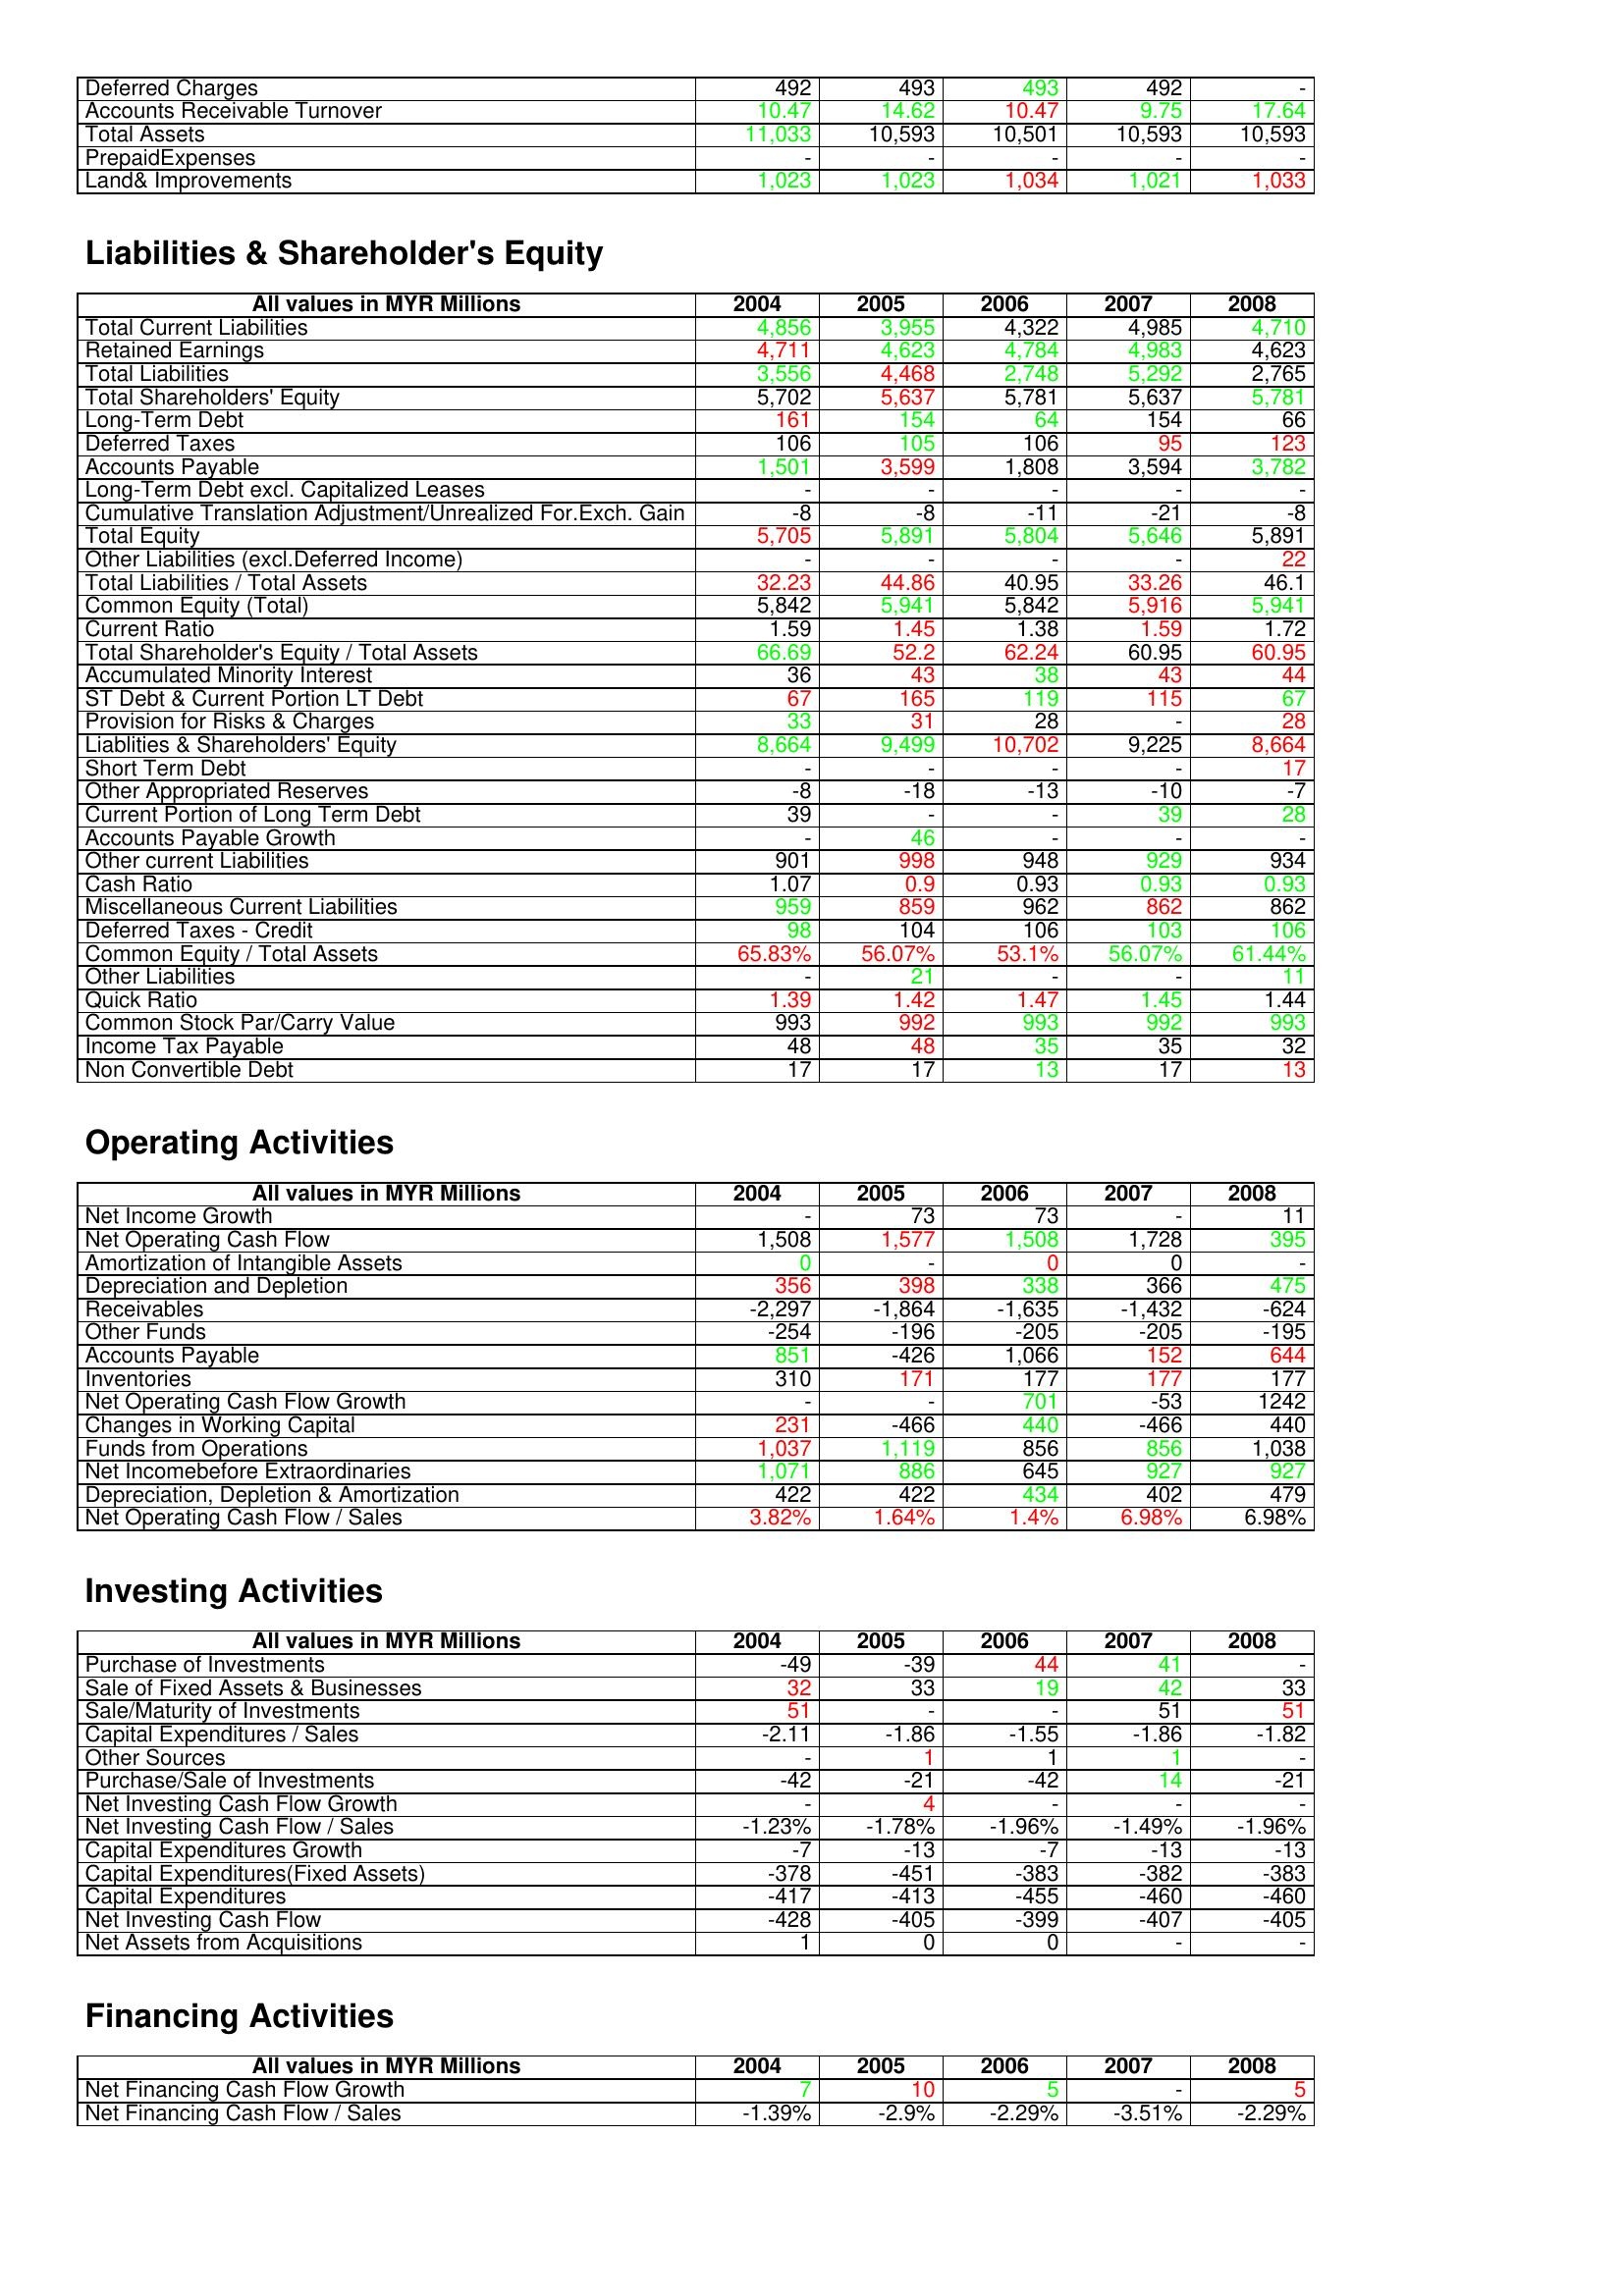
gt_parse: 2004: Assets: Deferred Charges: 492
Accounts Receivable Turnover: 10.47
Total Assets: 11,033
PrepaidExpenses: -
Land& Improvements: 1,023
Liabilities & Shareholder's Equity: Total Current Liabilities: 4,856
Retained Earnings: 4,711
Total Liabilities: 3,556
Total Shareholders' Equity: 5,702
Long-Term Debt: 161
Deferred Taxes: 106
Accounts Payable: 1,501
Long-Term Debt excl. Capitalized Leases: -
Cumulative Translation Adjustment/Unrealized For.Exch. Gain: -8
Total Equity: 5,705
Other Liabilities (excl.Deferred Income): -
Total Liabilities / Total Assets: 32.23
Common Equity (Total): 5,842
Current Ratio: 1.59
Total Shareholder's Equity / Total Assets: 66.69
Accumulated Minority Interest: 36
ST Debt & Current Portion LT Debt: 67
Provision for Risks & Charges: 33
Liablities & Shareholders' Equity: 8,664
Short Term Debt: -
Other Appropriated Reserves: -8
Current Portion of Long Term Debt: 39
Accounts Payable Growth: -
Other current Liabilities: 901
Cash Ratio: 1.07
Miscellaneous Current Liabilities: 959
Deferred Taxes - Credit: 98
Common Equity / Total Assets: 65.83%
Other Liabilities: -
Quick Ratio: 1.39
Common Stock Par/Carry Value: 993
Income Tax Payable: 48
Non Convertible Debt: 17
Operating Activities: Net Income Growth: -
Net Operating Cash Flow: 1,508
Amortization of Intangible Assets: 0
Depreciation and Depletion: 356
Receivables: -2,297
Other Funds: -254
Accounts Payable: 851
Inventories: 310
Net Operating Cash Flow Growth: -
Changes in Working Capital: 231
Funds from Operations: 1,037
Net Incomebefore Extraordinaries: 1,071
Depreciation, Depletion & Amortization: 422
Net Operating Cash Flow / Sales: 3.82%
Investing Activities: Purchase of Investments: -49
Sale of Fixed Assets & Businesses: 32
Sale/Maturity of Investments: 51
Capital Expenditures / Sales: -2.11
Other Sources: -
Purchase/Sale of Investments: -42
Net Investing Cash Flow Growth: -
Net Investing Cash Flow / Sales: -1.23%
Capital Expenditures Growth: -7
Capital Expenditures(Fixed Assets): -378
Capital Expenditures: -417
Net Investing Cash Flow: -428
Net Assets from Acquisitions: 1
Financing Activities: Net Financing Cash Flow Growth: 7
Net Financing Cash Flow / Sales: -1.39%
2005: Assets: Deferred Charges: 493
Accounts Receivable Turnover: 14.62
Total Assets: 10,593
PrepaidExpenses: -
Land& Improvements: 1,023
Liabilities & Shareholder's Equity: Total Current Liabilities: 3,955
Retained Earnings: 4,623
Total Liabilities: 4,468
Total Shareholders' Equity: 5,637
Long-Term Debt: 154
Deferred Taxes: 105
Accounts Payable: 3,599
Long-Term Debt excl. Capitalized Leases: -
Cumulative Translation Adjustment/Unrealized For.Exch. Gain: -8
Total Equity: 5,891
Other Liabilities (excl.Deferred Income): -
Total Liabilities / Total Assets: 44.86
Common Equity (Total): 5,941
Current Ratio: 1.45
Total Shareholder's Equity / Total Assets: 52.2
Accumulated Minority Interest: 43
ST Debt & Current Portion LT Debt: 165
Provision for Risks & Charges: 31
Liablities & Shareholders' Equity: 9,499
Short Term Debt: -
Other Appropriated Reserves: -18
Current Portion of Long Term Debt: -
Accounts Payable Growth: 46
Other current Liabilities: 998
Cash Ratio: 0.9
Miscellaneous Current Liabilities: 859
Deferred Taxes - Credit: 104
Common Equity / Total Assets: 56.07%
Other Liabilities: 21
Quick Ratio: 1.42
Common Stock Par/Carry Value: 992
Income Tax Payable: 48
Non Convertible Debt: 17
Operating Activities: Net Income Growth: 73
Net Operating Cash Flow: 1,577
Amortization of Intangible Assets: -
Depreciation and Depletion: 398
Receivables: -1,864
Other Funds: -196
Accounts Payable: -426
Inventories: 171
Net Operating Cash Flow Growth: -
Changes in Working Capital: -466
Funds from Operations: 1,119
Net Incomebefore Extraordinaries: 886
Depreciation, Depletion & Amortization: 422
Net Operating Cash Flow / Sales: 1.64%
Investing Activities: Purchase of Investments: -39
Sale of Fixed Assets & Businesses: 33
Sale/Maturity of Investments: -
Capital Expenditures / Sales: -1.86
Other Sources: 1
Purchase/Sale of Investments: -21
Net Investing Cash Flow Growth: 4
Net Investing Cash Flow / Sales: -1.78%
Capital Expenditures Growth: -13
Capital Expenditures(Fixed Assets): -451
Capital Expenditures: -413
Net Investing Cash Flow: -405
Net Assets from Acquisitions: 0
Financing Activities: Net Financing Cash Flow Growth: 10
Net Financing Cash Flow / Sales: -2.9%
2006: Assets: Deferred Charges: 493
Accounts Receivable Turnover: 10.47
Total Assets: 10,501
PrepaidExpenses: -
Land& Improvements: 1,034
Liabilities & Shareholder's Equity: Total Current Liabilities: 4,322
Retained Earnings: 4,784
Total Liabilities: 2,748
Total Shareholders' Equity: 5,781
Long-Term Debt: 64
Deferred Taxes: 106
Accounts Payable: 1,808
Long-Term Debt excl. Capitalized Leases: -
Cumulative Translation Adjustment/Unrealized For.Exch. Gain: -11
Total Equity: 5,804
Other Liabilities (excl.Deferred Income): -
Total Liabilities / Total Assets: 40.95
Common Equity (Total): 5,842
Current Ratio: 1.38
Total Shareholder's Equity / Total Assets: 62.24
Accumulated Minority Interest: 38
ST Debt & Current Portion LT Debt: 119
Provision for Risks & Charges: 28
Liablities & Shareholders' Equity: 10,702
Short Term Debt: -
Other Appropriated Reserves: -13
Current Portion of Long Term Debt: -
Accounts Payable Growth: -
Other current Liabilities: 948
Cash Ratio: 0.93
Miscellaneous Current Liabilities: 962
Deferred Taxes - Credit: 106
Common Equity / Total Assets: 53.1%
Other Liabilities: -
Quick Ratio: 1.47
Common Stock Par/Carry Value: 993
Income Tax Payable: 35
Non Convertible Debt: 13
Operating Activities: Net Income Growth: 73
Net Operating Cash Flow: 1,508
Amortization of Intangible Assets: 0
Depreciation and Depletion: 338
Receivables: -1,635
Other Funds: -205
Accounts Payable: 1,066
Inventories: 177
Net Operating Cash Flow Growth: 701
Changes in Working Capital: 440
Funds from Operations: 856
Net Incomebefore Extraordinaries: 645
Depreciation, Depletion & Amortization: 434
Net Operating Cash Flow / Sales: 1.4%
Investing Activities: Purchase of Investments: 44
Sale of Fixed Assets & Businesses: 19
Sale/Maturity of Investments: -
Capital Expenditures / Sales: -1.55
Other Sources: 1
Purchase/Sale of Investments: -42
Net Investing Cash Flow Growth: -
Net Investing Cash Flow / Sales: -1.96%
Capital Expenditures Growth: -7
Capital Expenditures(Fixed Assets): -383
Capital Expenditures: -455
Net Investing Cash Flow: -399
Net Assets from Acquisitions: 0
Financing Activities: Net Financing Cash Flow Growth: 5
Net Financing Cash Flow / Sales: -2.29%
2007: Assets: Deferred Charges: 492
Accounts Receivable Turnover: 9.75
Total Assets: 10,593
PrepaidExpenses: -
Land& Improvements: 1,021
Liabilities & Shareholder's Equity: Total Current Liabilities: 4,985
Retained Earnings: 4,983
Total Liabilities: 5,292
Total Shareholders' Equity: 5,637
Long-Term Debt: 154
Deferred Taxes: 95
Accounts Payable: 3,594
Long-Term Debt excl. Capitalized Leases: -
Cumulative Translation Adjustment/Unrealized For.Exch. Gain: -21
Total Equity: 5,646
Other Liabilities (excl.Deferred Income): -
Total Liabilities / Total Assets: 33.26
Common Equity (Total): 5,916
Current Ratio: 1.59
Total Shareholder's Equity / Total Assets: 60.95
Accumulated Minority Interest: 43
ST Debt & Current Portion LT Debt: 115
Provision for Risks & Charges: -
Liablities & Shareholders' Equity: 9,225
Short Term Debt: -
Other Appropriated Reserves: -10
Current Portion of Long Term Debt: 39
Accounts Payable Growth: -
Other current Liabilities: 929
Cash Ratio: 0.93
Miscellaneous Current Liabilities: 862
Deferred Taxes - Credit: 103
Common Equity / Total Assets: 56.07%
Other Liabilities: -
Quick Ratio: 1.45
Common Stock Par/Carry Value: 992
Income Tax Payable: 35
Non Convertible Debt: 17
Operating Activities: Net Income Growth: -
Net Operating Cash Flow: 1,728
Amortization of Intangible Assets: 0
Depreciation and Depletion: 366
Receivables: -1,432
Other Funds: -205
Accounts Payable: 152
Inventories: 177
Net Operating Cash Flow Growth: -53
Changes in Working Capital: -466
Funds from Operations: 856
Net Incomebefore Extraordinaries: 927
Depreciation, Depletion & Amortization: 402
Net Operating Cash Flow / Sales: 6.98%
Investing Activities: Purchase of Investments: 41
Sale of Fixed Assets & Businesses: 42
Sale/Maturity of Investments: 51
Capital Expenditures / Sales: -1.86
Other Sources: 1
Purchase/Sale of Investments: 14
Net Investing Cash Flow Growth: -
Net Investing Cash Flow / Sales: -1.49%
Capital Expenditures Growth: -13
Capital Expenditures(Fixed Assets): -382
Capital Expenditures: -460
Net Investing Cash Flow: -407
Net Assets from Acquisitions: -
Financing Activities: Net Financing Cash Flow Growth: -
Net Financing Cash Flow / Sales: -3.51%
2008: Assets: Deferred Charges: -
Accounts Receivable Turnover: 17.64
Total Assets: 10,593
PrepaidExpenses: -
Land& Improvements: 1,033
Liabilities & Shareholder's Equity: Total Current Liabilities: 4,710
Retained Earnings: 4,623
Total Liabilities: 2,765
Total Shareholders' Equity: 5,781
Long-Term Debt: 66
Deferred Taxes: 123
Accounts Payable: 3,782
Long-Term Debt excl. Capitalized Leases: -
Cumulative Translation Adjustment/Unrealized For.Exch. Gain: -8
Total Equity: 5,891
Other Liabilities (excl.Deferred Income): 22
Total Liabilities / Total Assets: 46.1
Common Equity (Total): 5,941
Current Ratio: 1.72
Total Shareholder's Equity / Total Assets: 60.95
Accumulated Minority Interest: 44
ST Debt & Current Portion LT Debt: 67
Provision for Risks & Charges: 28
Liablities & Shareholders' Equity: 8,664
Short Term Debt: 17
Other Appropriated Reserves: -7
Current Portion of Long Term Debt: 28
Accounts Payable Growth: -
Other current Liabilities: 934
Cash Ratio: 0.93
Miscellaneous Current Liabilities: 862
Deferred Taxes - Credit: 106
Common Equity / Total Assets: 61.44%
Other Liabilities: 11
Quick Ratio: 1.44
Common Stock Par/Carry Value: 993
Income Tax Payable: 32
Non Convertible Debt: 13
Operating Activities: Net Income Growth: 11
Net Operating Cash Flow: 395
Amortization of Intangible Assets: -
Depreciation and Depletion: 475
Receivables: -624
Other Funds: -195
Accounts Payable: 644
Inventories: 177
Net Operating Cash Flow Growth: 1242
Changes in Working Capital: 440
Funds from Operations: 1,038
Net Incomebefore Extraordinaries: 927
Depreciation, Depletion & Amortization: 479
Net Operating Cash Flow / Sales: 6.98%
Investing Activities: Purchase of Investments: -
Sale of Fixed Assets & Businesses: 33
Sale/Maturity of Investments: 51
Capital Expenditures / Sales: -1.82
Other Sources: -
Purchase/Sale of Investments: -21
Net Investing Cash Flow Growth: -
Net Investing Cash Flow / Sales: -1.96%
Capital Expenditures Growth: -13
Capital Expenditures(Fixed Assets): -383
Capital Expenditures: -460
Net Investing Cash Flow: -405
Net Assets from Acquisitions: -
Financing Activities: Net Financing Cash Flow Growth: 5
Net Financing Cash Flow / Sales: -2.29%